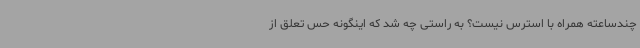
چندساعته همراه با استرس نیست؟ به راستی چه شد که اینگونه حس تعلق از